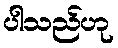
ပါသည်ဟု